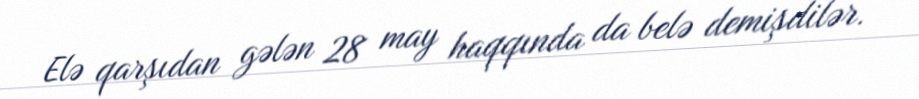
Elə qarşıdan gələn 28 may haqqında da belə demişdilər.